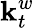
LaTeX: \mathbf{k}_{t}^{w}